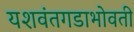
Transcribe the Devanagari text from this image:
यशवंतगडाभोवती